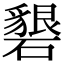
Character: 𥖞